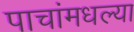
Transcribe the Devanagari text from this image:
पाचांमधल्या